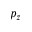
p _ { z }